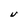
Character: U